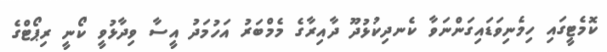
ކޮމެޓީގައި ހިމެނިވަޑައިގަންނަވާ ކެނދިކުޅުދޫ ދާއިރާގެ މެމްބަރު އަހުމަދު އީސާ ވިދާޅުވީ ކޯނީ ރިޕޯޓްގެ